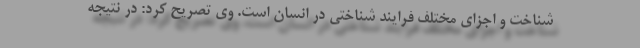
شناخت و اجزای مختلف فرایند شناختی در انسان است. وی تصریح کرد: در نتیجه